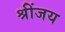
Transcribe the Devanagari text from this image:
श्रींजय